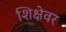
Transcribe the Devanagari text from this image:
शिक्षेवर